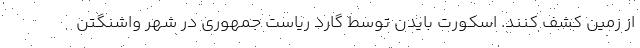
از زمین کشف کنند. اسکورت بایدن توسط گارد ریاست جمهوری در شهر واشنگتن